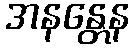
အနန္တေန